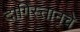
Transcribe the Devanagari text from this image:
दागिस्तानचे